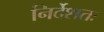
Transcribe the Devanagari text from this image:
निर्देशतः